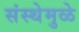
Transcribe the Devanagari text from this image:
संस्थेमुळे